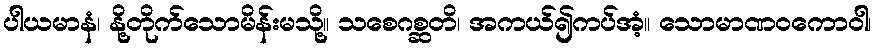
ပါယမာနံ၊ နို့တိုက်သောမိန်းမသို့။ သစေဂစ္ဆတိ၊ အကယ်၍ကပ်အံ့။ သောမာဏဝကောဝါ၊